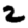
Digit: 2